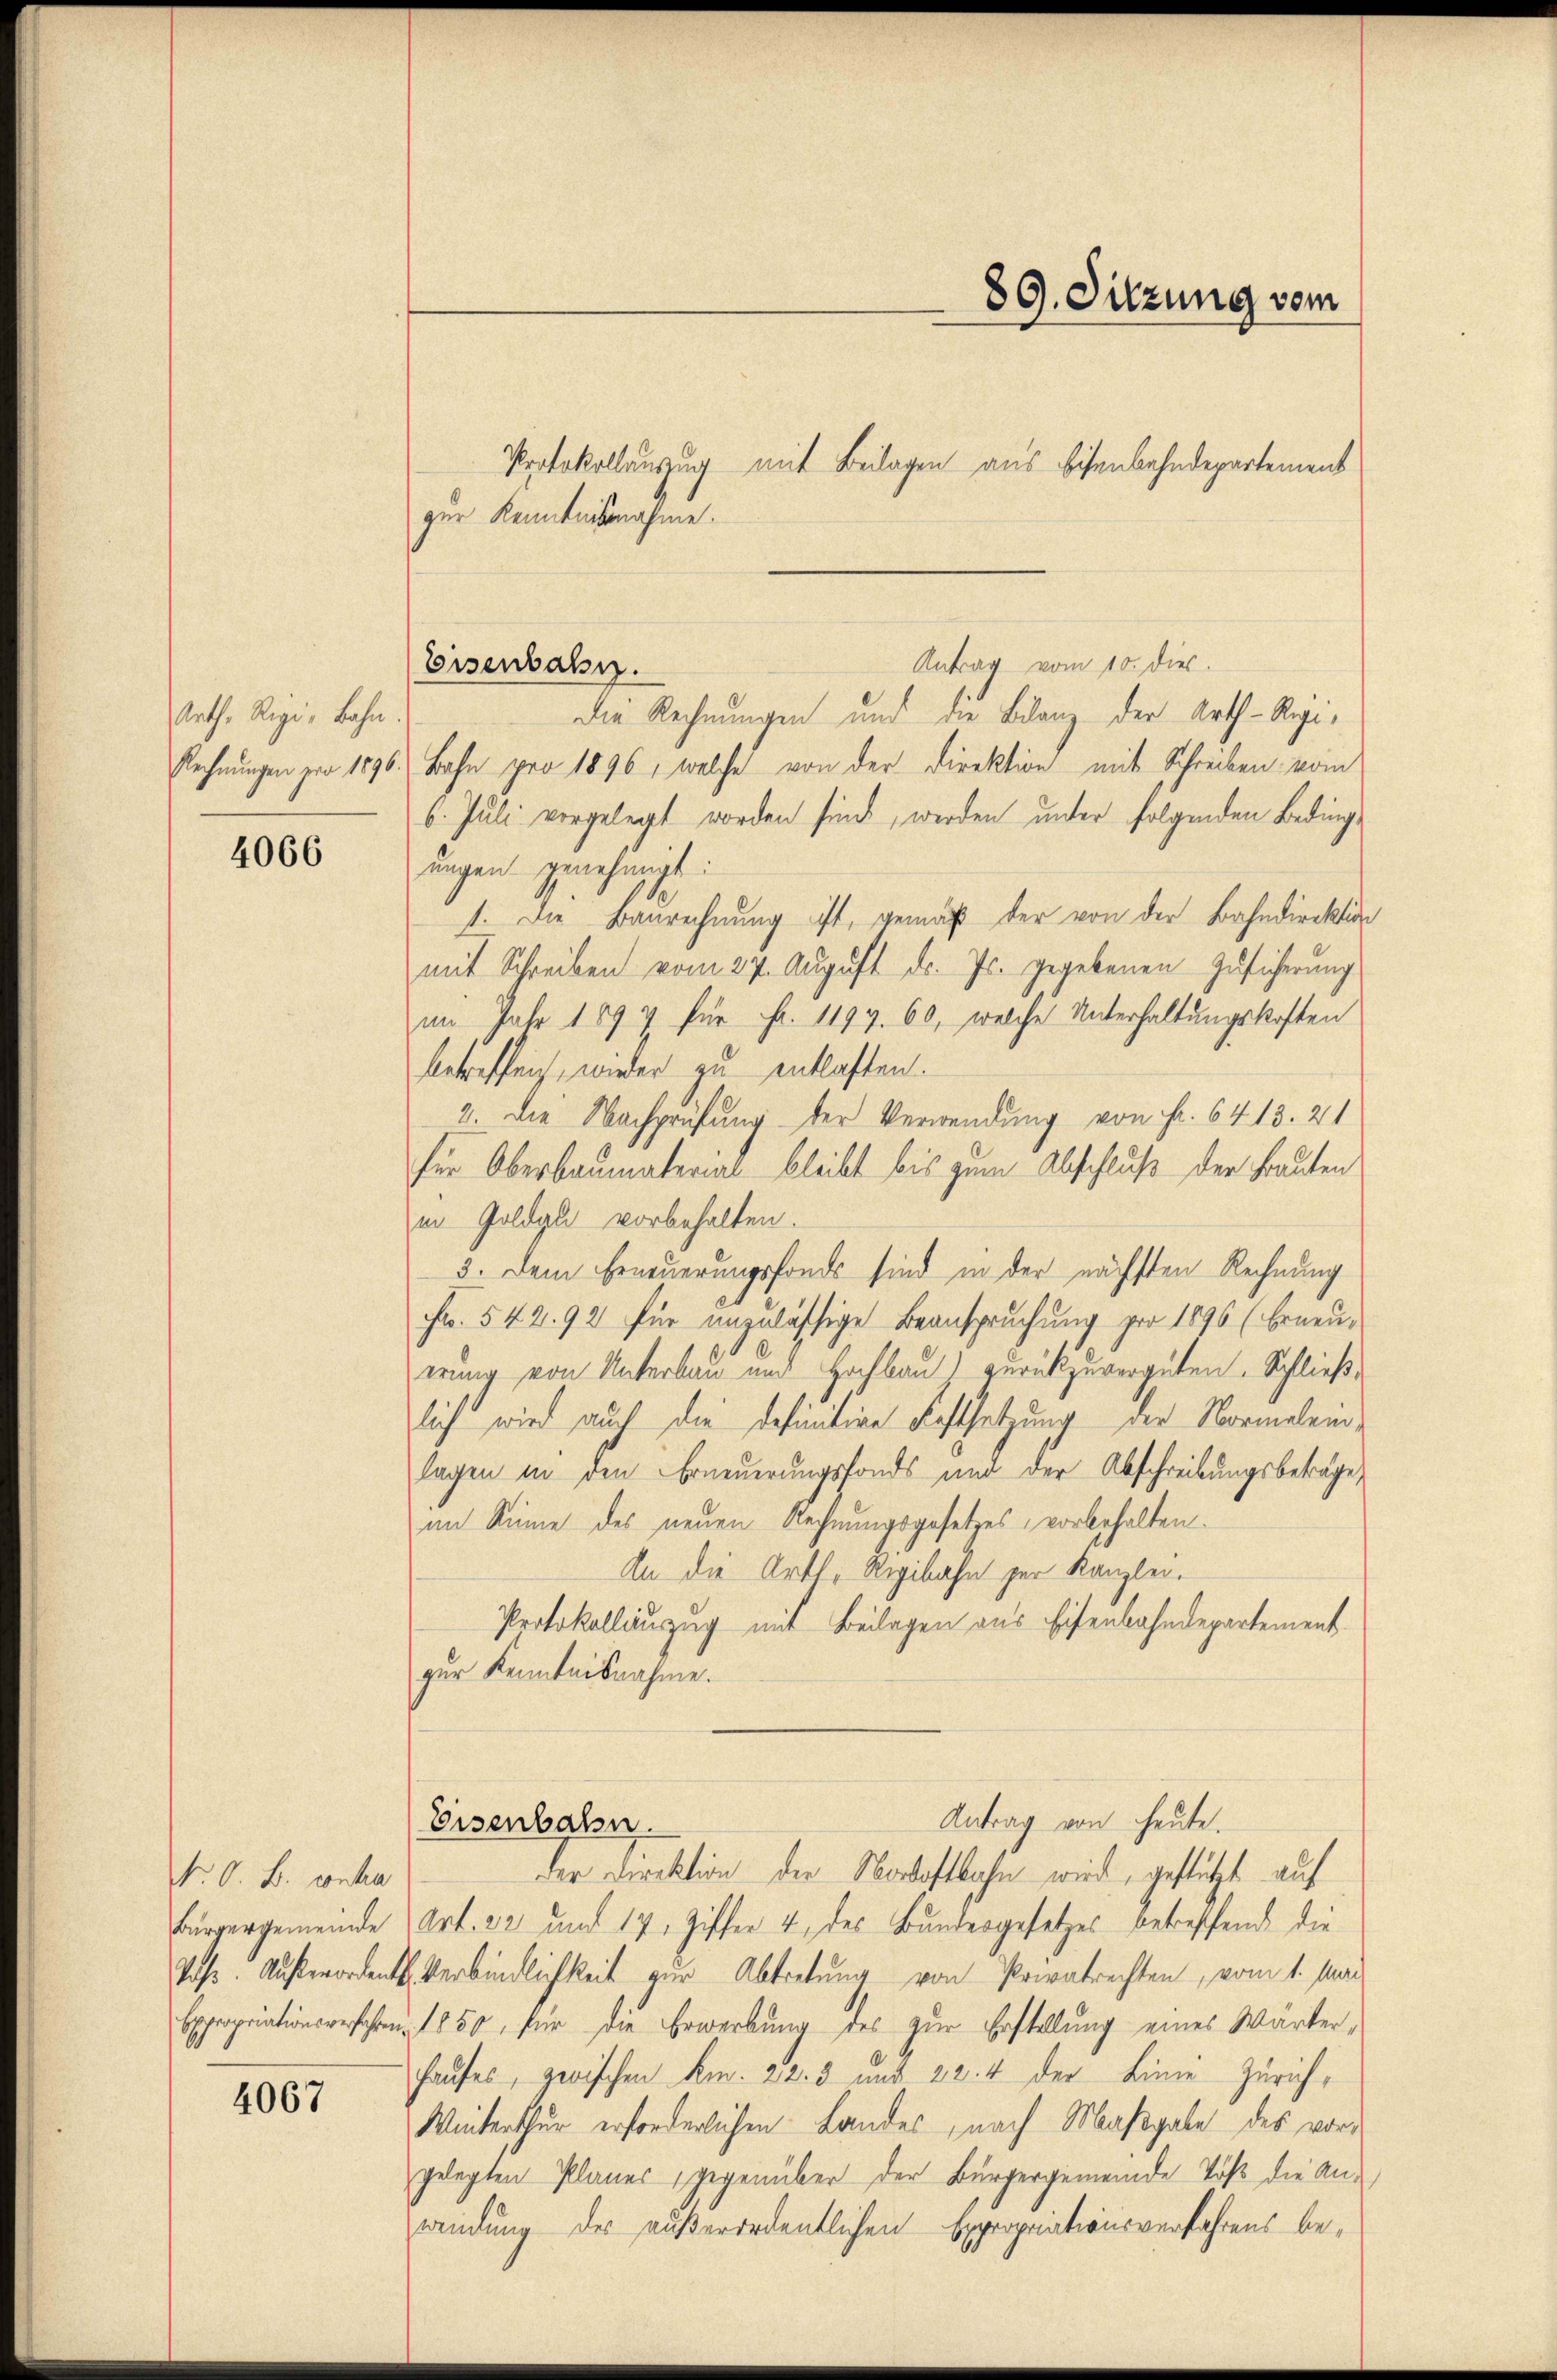
Arth. Rigi, Bahn.

4066

N. O. B. contra

4067

zur Kenntnisnahme.

Eisenbahn.

Protokollauszug mit Beilagen aus Eisenbahndepartement
Antrag vom 10. dies
Die Rechnungen und die Bilanz der Arth-Regi¬
Rechnungen pro 1896. Bahn pro 1896, welche von der Direktion mit Schreiben vom
6. Juli vorgelegt worden sind, werden unter folgenden Bedingungen genehmigt:
1. Die Baurechnung ist, gemäß der von der Bahndirektion
mit Schreiben vom 27. August d. Js. gegebenen Zusicherung
im Jahr 1897 für Fr. 1199. 60, welche Unterhaltungskosten
betreffen, wieder zu entlasten.
2. Die Nachprüfung der Verwendung von Fr. 6413. 21
für Oberbaumaterial bleibt bis zum Abschluß der Bauten
in Goldau vorbehalten.
3. Dem Erneuerungsfonds sind in der nächsten Rechnung
Fr. 542. 92 für unzulässige Beanspruchung pro 1896 (Erneuerung von Unterbau und Hochbau) zurückzuvergüten. Schließlich wird auch die definitive Festsetzung der Normelemlagen in den Erneuerungsfonds und der Abschreibungsbeträge,
im Sinne des neuen Rechnungsgesetzes, vorbehalten.
An die Art. Rigibahn zur Kanzlei.
Protokollinzug mit Beilagen aus Eisenbahndepartement.
zur Kenntnisnahme.

89. Sitzung vom

der Direktion der Nordostbahn wird, gestützt auf
Bürgergemeinde Art. 22 und 17. Ziffer 4. des Bundesgesetzes betreffend die
Pass. Außerordentl. Verbindlichkeit zur Abtretung von Privatrechten, vom 1. Mai
Expropriationsverfahre 1850, für die Erwerbung des zur Erstellung eines Wärter-
Hauses, zwischen Am. 22. 3 und 22. 4 der Linie Zürich¬
Winterthur erforderlichen Landes, nach Maßgabe des vorgelegten Planes, gegenüber der Bürgergemeinde Töß die Anwendung des außerordentlichen Expropriationsverfahrens be¬

Antrag von heute.
Eisenbahn.